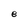
Character: e